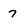
Character: 7